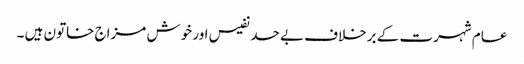
عام شہرت کے برخلاف بے حد نفیس اور خوش مزاج خاتون ہیں ۔